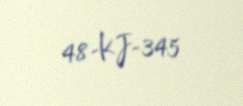
48-KJ-345